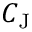
C _ { \mathrm { { J } } }